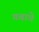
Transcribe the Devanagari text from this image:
गवाचे